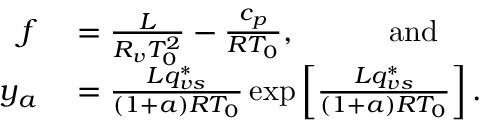
\begin{array} { r l } { f } & { { } = \frac { L } { R _ { v } T _ { 0 } ^ { 2 } } - \frac { c _ { p } } { R T _ { 0 } } , \quad \quad \quad \mathrm { a n d } } \\ { y _ { a } } & { { } = \frac { L q _ { v s } ^ { * } } { ( 1 + a ) R T _ { 0 } } \exp \left[ \frac { L q _ { v s } ^ { * } } { ( 1 + a ) R T _ { 0 } } \right] . } \end{array}